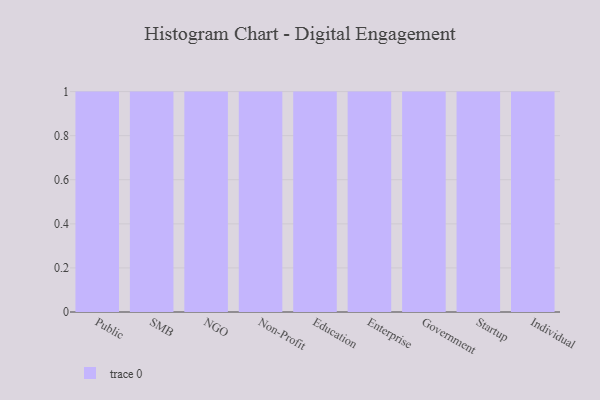
{"axis": {"x": "Segment", "y": "Gross Profit (USD K)"}, "legend": [""], "data": [{"x": "Public", "y": 65, "type": ""}, {"x": "SMB", "y": 22, "type": ""}, {"x": "NGO", "y": 63, "type": ""}, {"x": "Non-Profit", "y": 50, "type": ""}, {"x": "Education", "y": 40, "type": ""}, {"x": "Enterprise", "y": 6, "type": ""}, {"x": "Government", "y": 57, "type": ""}, {"x": "Startup", "y": 80, "type": ""}, {"x": "Individual", "y": 37, "type": ""}]}